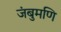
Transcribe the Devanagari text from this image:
जंबुमणि